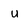
Character: U